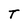
Character: T